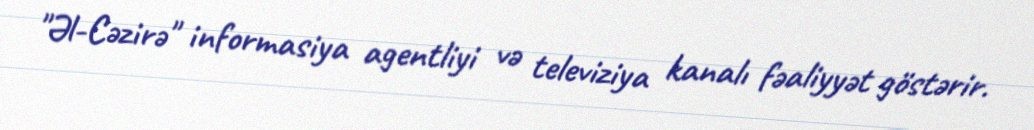
"Əl-Cəzirə" informasiya agentliyi və televiziya kanalı fəaliyyət göstərir.